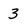
Character: 3